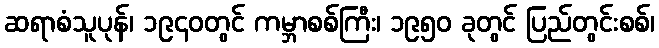
ဆရာစံသူပုန်၊ ၁၉၄၀တွင် ကမ္ဘာစစ်ကြီး၊ ၁၉၅၀ ခုတွင် ပြည်တွင်းစစ်၊